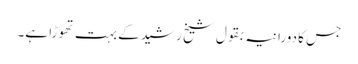
جس کا دورانیہ بقول شیخ رشید کے بہت تھوڑا ہے۔